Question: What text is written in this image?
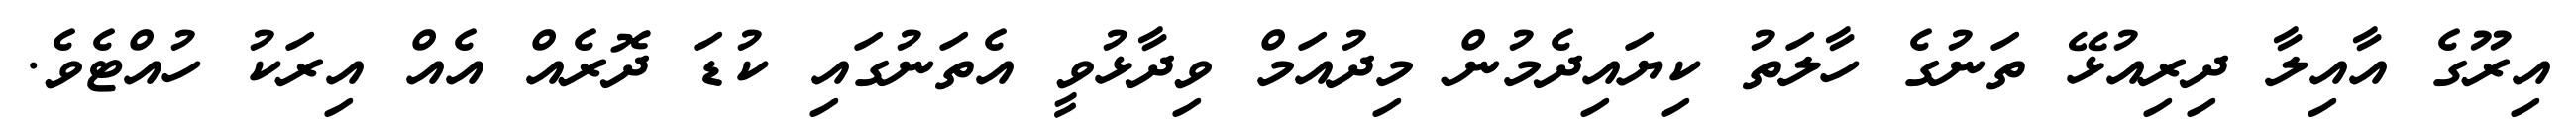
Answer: އިރޫގެ އާއިލާ ދިރިއުޅޭ ތަނުގެ ހާލަތު ކިޔައިދެމުން މިދުއަމް ވިދާޅުވީ އެތަނުގައި ކުޑަ ދޮރެއް އެއް އިރަކު ހުއްޓެވެ.